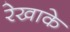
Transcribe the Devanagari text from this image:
रेखाके